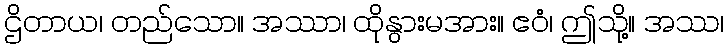
ဌိတာယ၊ တည်သော။ အဿာ၊ ထိုနွားမအား။ ဧဝံ၊ ဤသို့။ အဿ၊